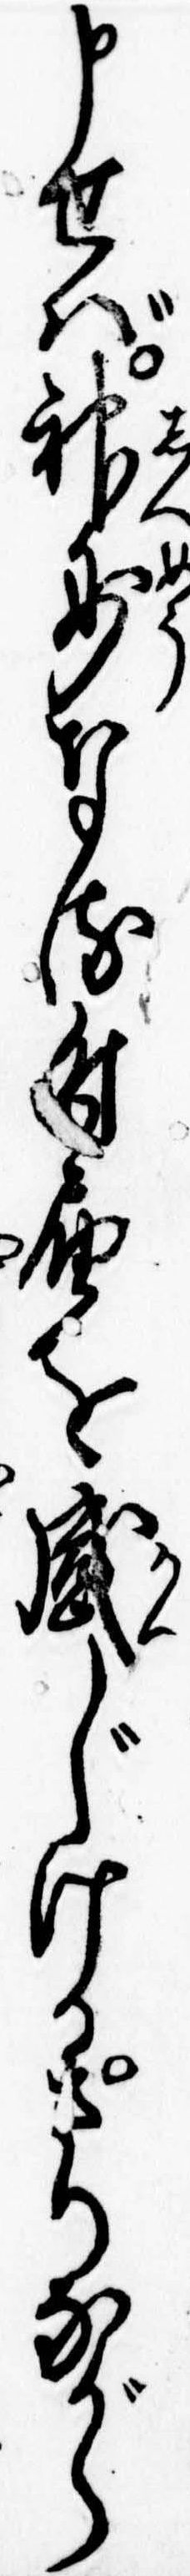
申せば神妙なる付届を感じけるさりながら